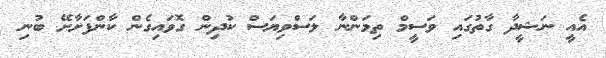
އެއީ ނަޝީދާ ގާތުގައި ވަސީމް ތިމަންނާ ލަސްވިޔަސް ކުދިން ގޮވައިގެން ކާންފަށާށޭ ބުނި